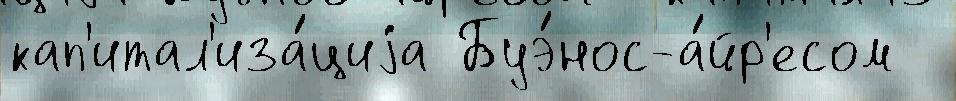
кап'итал'иза́циjа Буэ́нос-а́йр'есом